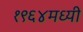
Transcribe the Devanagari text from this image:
१९६४मध्यी